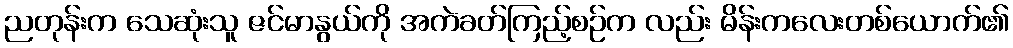
ညတုန်းက သေဆုံးသူ ဇင်မာနွယ်ကို အကဲခတ်ကြည့်စဉ်က လည်း မိန်းကလေးတစ်ယောက်၏